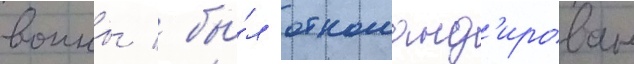
воины / бы́л откоманд'ирован